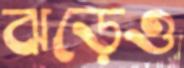
ঝড়েও